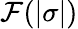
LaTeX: {\mathcal{F}}(|\sigma|)